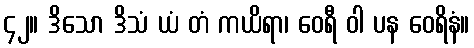
၄၂။ ဒိသော ဒိသံ ယံ တံ ကယိရာ၊ ဝေရီ ဝါ ပန ဝေရိနံ။